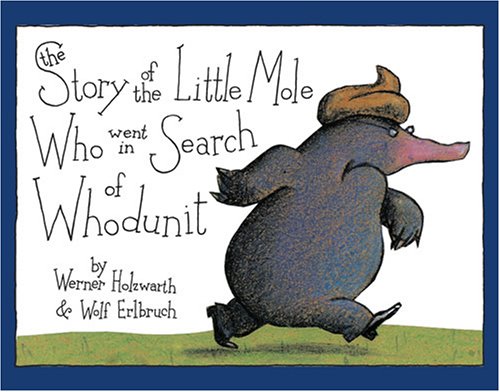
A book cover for The Story of the Little Mole Who Went in Search of Whodunit; Werner Holzwarth; Humor & Entertainment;